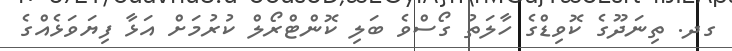
ގދ. ތިނަދޫގެ ކޮވިޑްގެ ހާލަތު ގޯސްވެ ބަލި ކޮންޓްރޯލް ކުރުމަށް އަޅާ ފިޔަވަޅެއްގެ